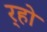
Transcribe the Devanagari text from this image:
र्‍हो